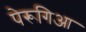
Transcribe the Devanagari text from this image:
पेरूगिआ